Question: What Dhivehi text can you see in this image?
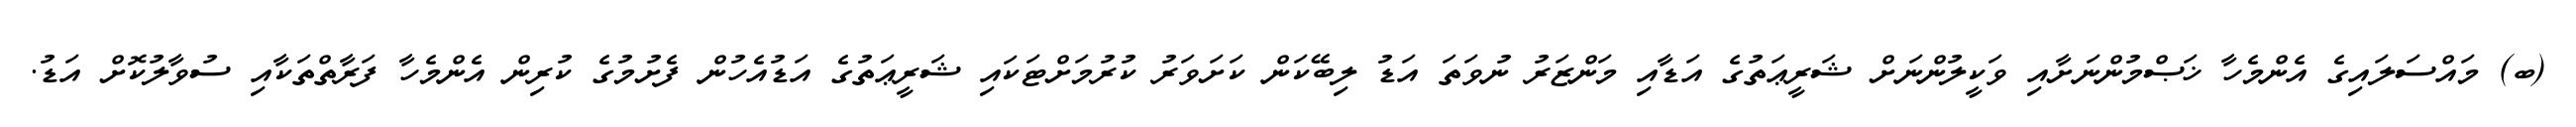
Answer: (ބ) މައްސަލައިގެ އެންމެހާ ޚަޞްމުންނަށާއި ވަކީލުންނަށް ޝަރީޢަތުގެ އަޑާއި މަންޒަރު ނުވަތަ އަޑު ލިބޭކަން ކަށަވަރު ކުރުމަށްޓަކައި ޝަރީޢަތުގެ އަޑުއެހުން ފެށުމުގެ ކުރިން އެންމެހާ ފަރާތްތަކާއި ސުވާލުކޮށް އަޑު.